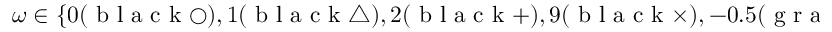
\omega \in \{ 0 ( \mathrm { ~ b ~ l ~ a ~ c ~ k ~ } \bigcirc ) , 1 ( \mathrm { ~ b ~ l ~ a ~ c ~ k ~ } \bigtriangleup ) , 2 ( \mathrm { ~ b ~ l ~ a ~ c ~ k ~ } + ) , 9 ( \mathrm { ~ b ~ l ~ a ~ c ~ k ~ } \times ) , - 0 . 5 ( \mathrm { ~ g ~ r ~ a ~ y ~ } \bigcirc ) , - 2 / 3 ( \mathrm { ~ g ~ r ~ a ~ y ~ } \bigtriangleup ) , - 0 . 9 ( \mathrm { ~ g ~ r ~ a ~ y ~ } + ) \}